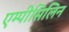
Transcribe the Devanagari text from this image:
एम्पीसिलिन